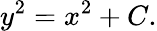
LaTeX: y^{2}=x^{2}+C.